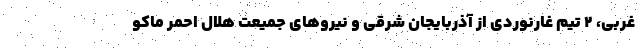
غربی، ۲ تیم غارنوردی از آذربایجان شرقی و نیروهای جمیعت هلال احمر ماکو